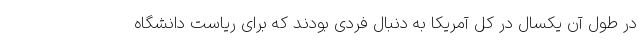
در طول آن یکسال در کل آمریکا به دنبال فردی بودند که برای ریاست دانشگاه